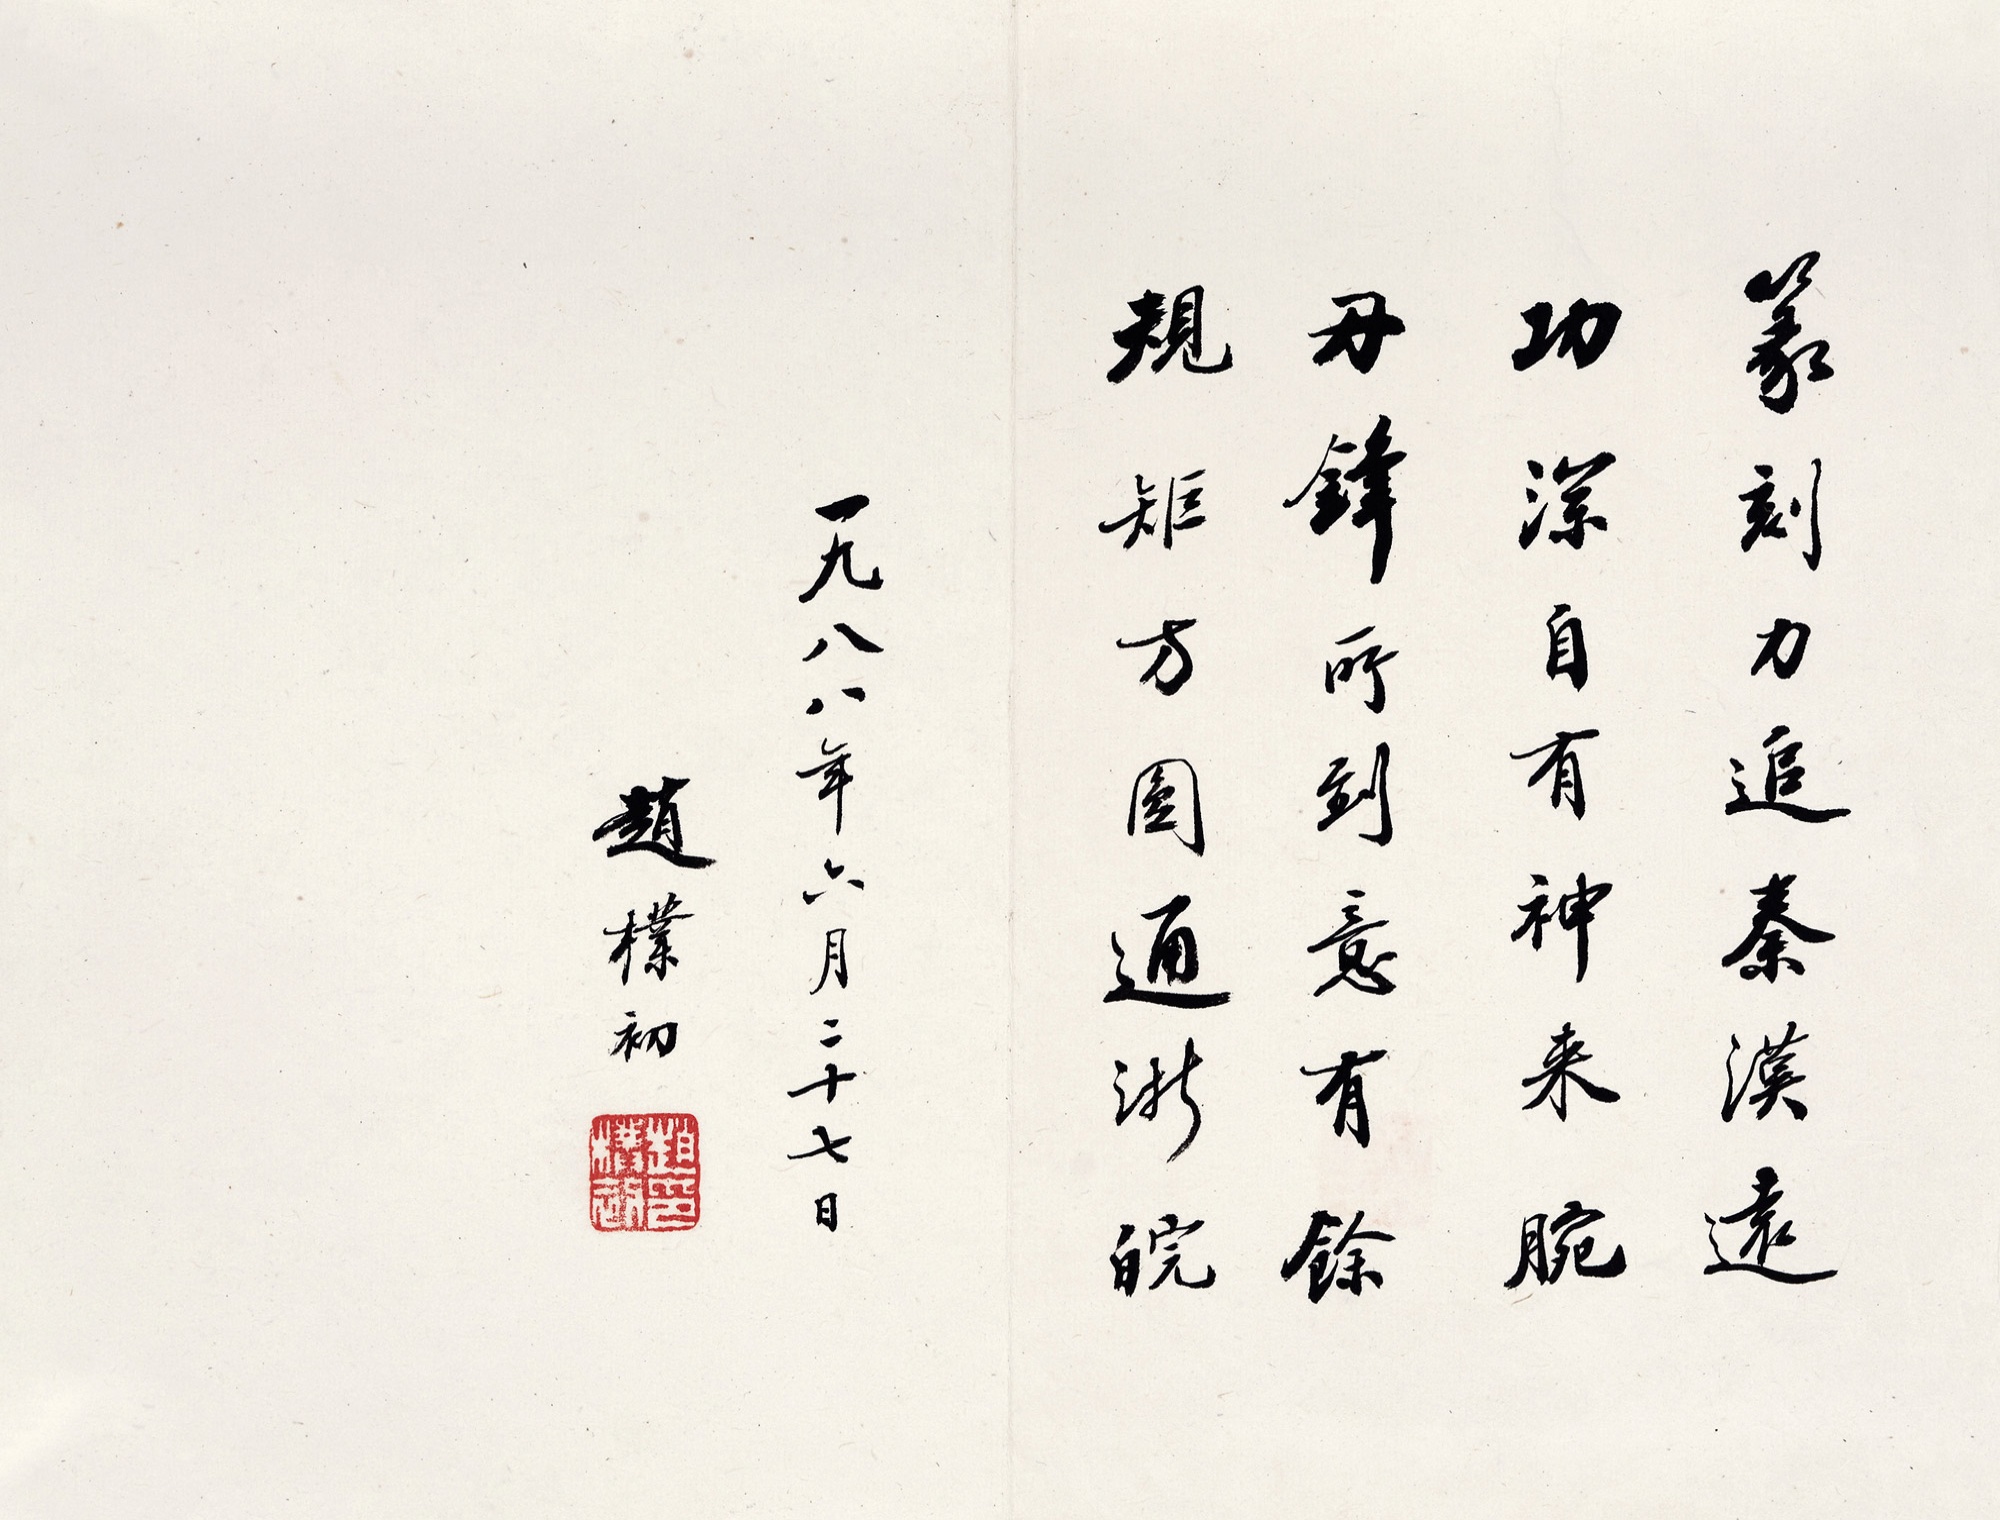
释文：篆刻力追秦汉远，功深自有神来腕。刀锋所到意有余，规矩方圆通浙皖。一九八八年六月二十七日，赵朴初。